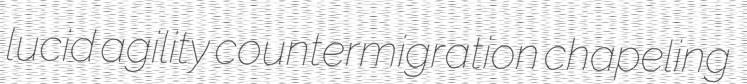
lucid agility countermigration chapeling